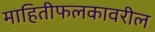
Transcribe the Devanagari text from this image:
माहितीफलकावरील